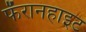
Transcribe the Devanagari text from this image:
फॅरानहाइट